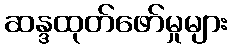
ဆန္ဒထုတ်ဖော်မှုများ